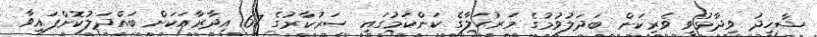
ޝާހިދު ވިދާޅުވީ ވެރިކަން ބަދަލުވުމުގެ މަރުޙަލާގެ ކަންކަމުގައި ސަރުކާރުގެ 67 އިދާރާއަކަށް ބައްދަލުކޮށްފައިވާ